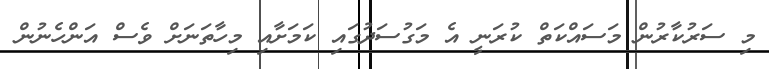
މި ސަރުކާރުން މަސައްކަތް ކުރަނީ އެ މަގުސަދުގައި ކަމަށާއި މިހާތަނަށް ވެސް އަންހެނުން